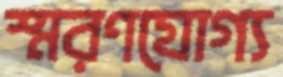
স্মরণযোগ্য